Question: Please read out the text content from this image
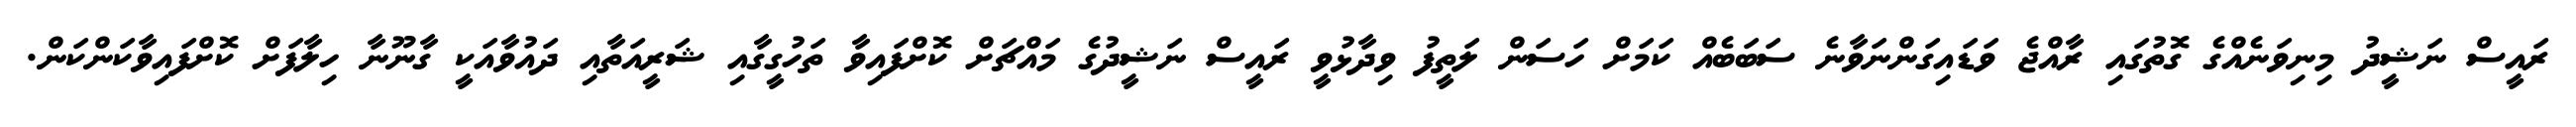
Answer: ރައީސް ނަޝީދު މިނިވަނެއްގެ ގޮތުގައި ރާއްޖެ ވަޑައިގަންނަވާނެ ސަބަބެއް ކަމަށް ހަސަން ލަތީފު ވިދާޅުވީ ރައީސް ނަޝީދުގެ މައްޗަށް ކޮށްފައިވާ ތަހުގީގާއި ޝަރީއަތާއި ދައުވާއަކީ ގާނޫނާ ހިލާފަށް ކޮށްފައިވާކަންކަން.